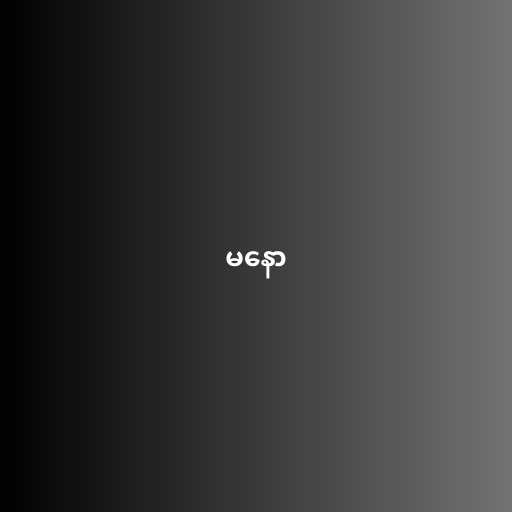
မနော